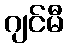
ဂျင်မီ